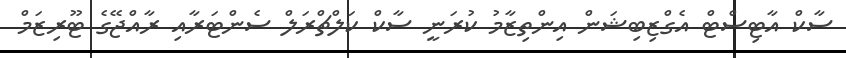
ސާކް އާޓިސްޓް އެގްޒިބިޝަން އިންތިޒާމު ކުރަނީ ސާކް ކަލްޗްރަލް ސެންޓަރާއި ރާއްޖޭގެ ޓޫރިޒަމް